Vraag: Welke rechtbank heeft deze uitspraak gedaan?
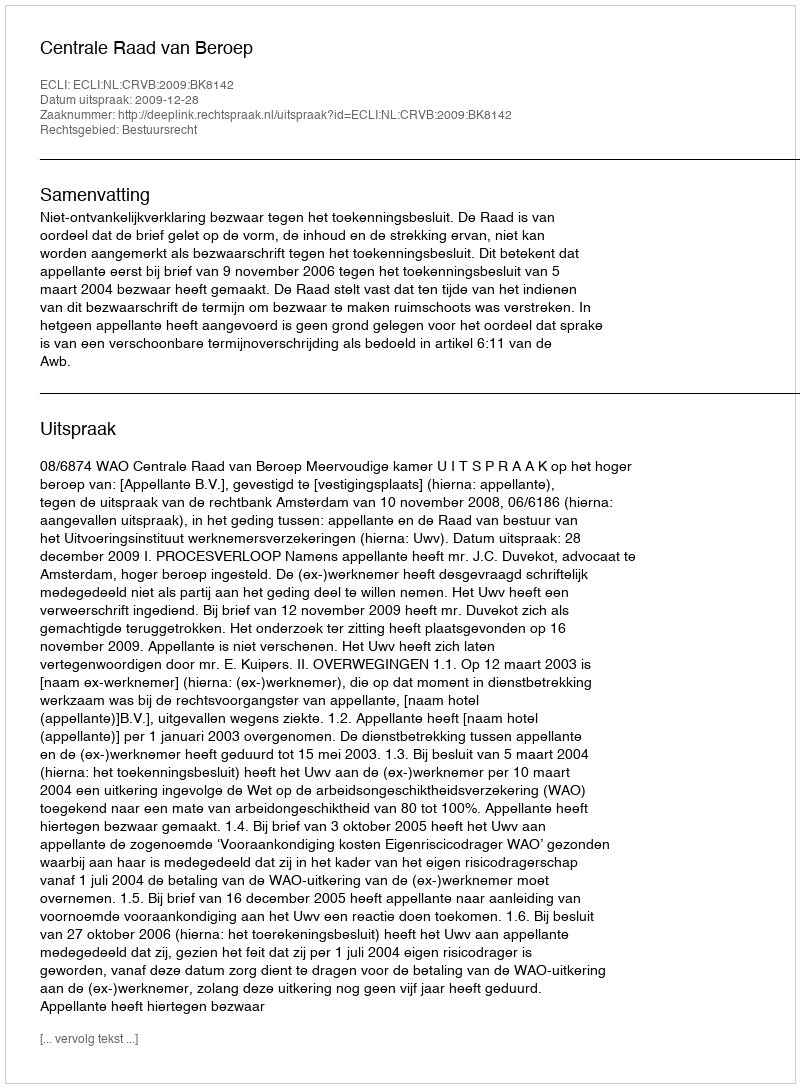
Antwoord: Centrale Raad van Beroep